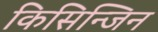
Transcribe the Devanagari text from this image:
किसिन्जिन